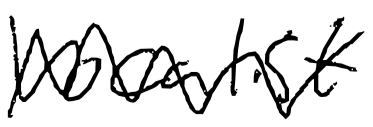
Text: vocalist
Cross-out: zig-zag
Writing tool: digital_black